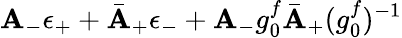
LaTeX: \mathbf{A}_{-}\epsilon_{+}+\bar{{\mathbf{A}}}_{+}\epsilon_{-}+\mathbf{A}_{-}g_{0}^{f}\bar{{\mathbf{A}}}_{+}({g_{0}^{f}})^{-1}